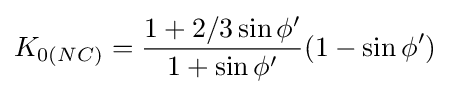
K_{0(NC)}={\frac {1+2/3\sin \phi '}{1+\sin \phi '}}(1-\sin \phi ')